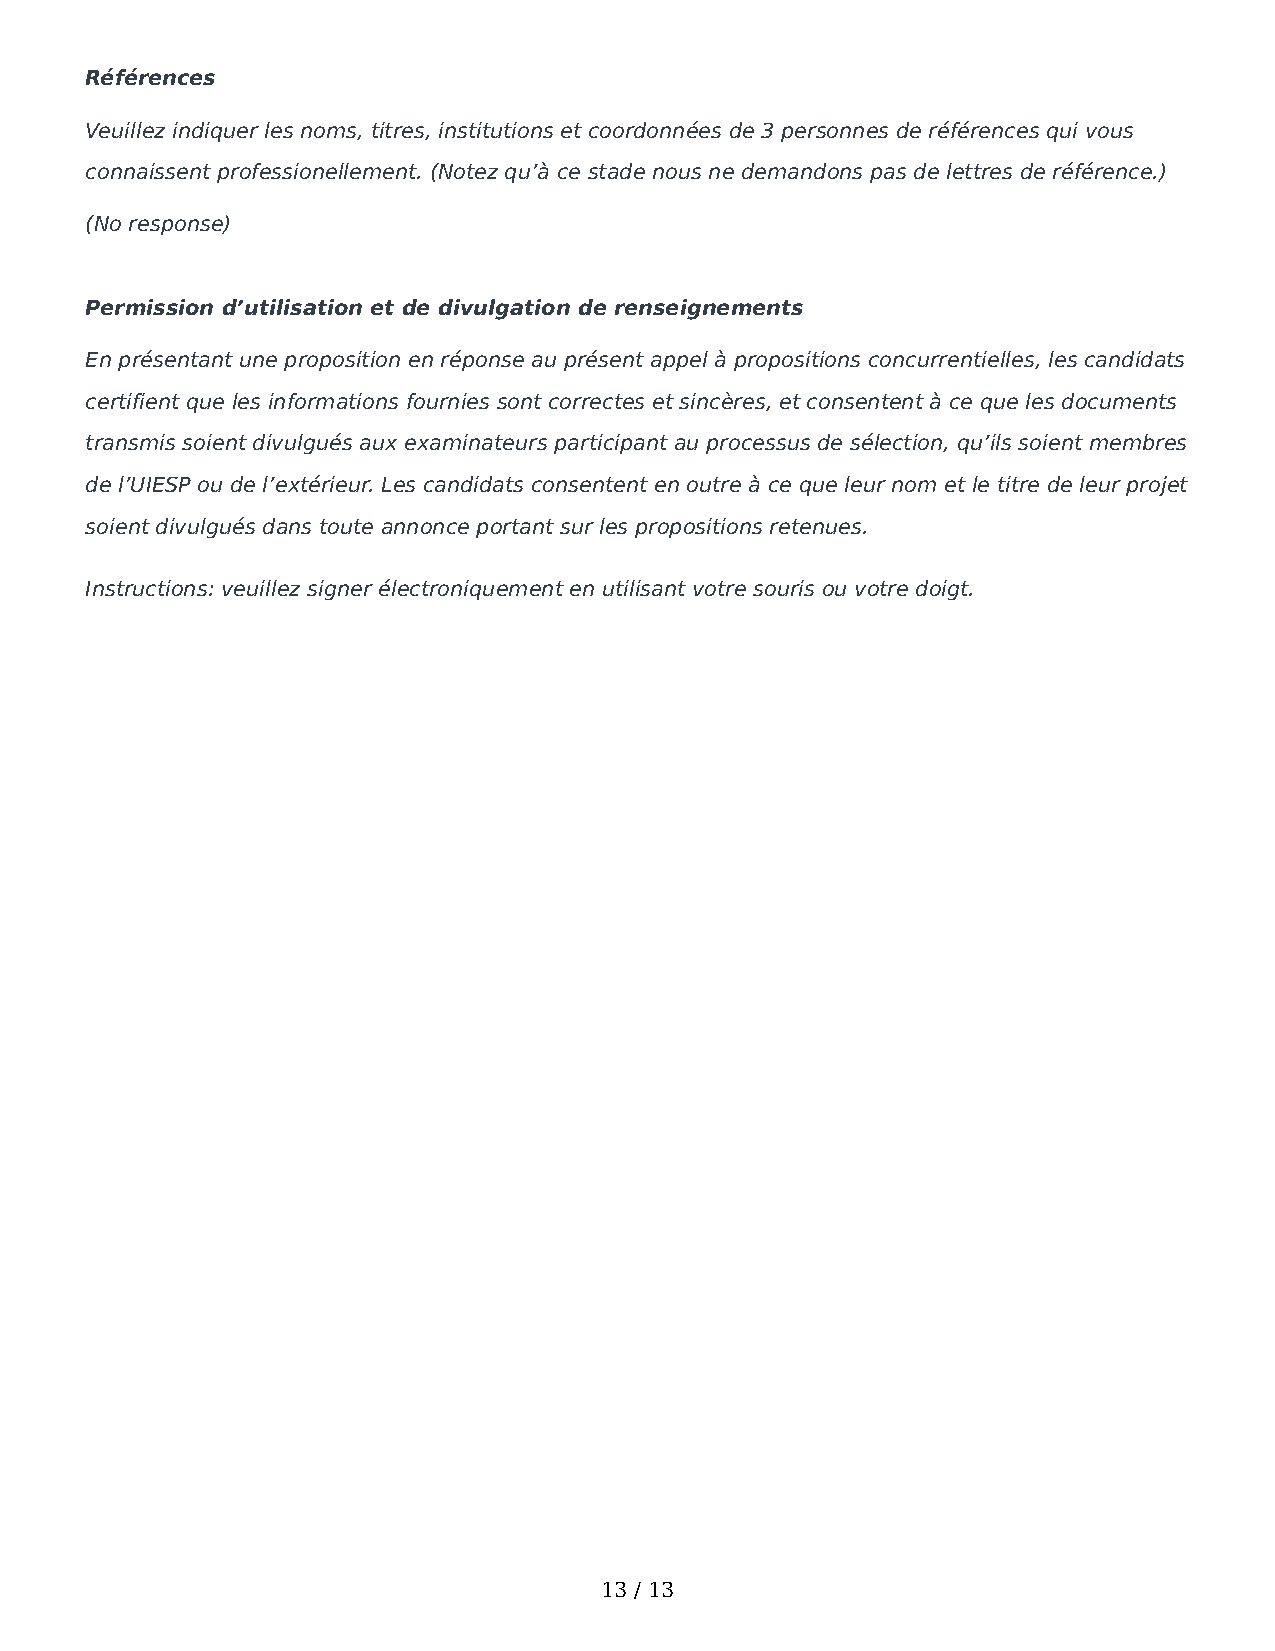
Références
 Veuillez indiquer les noms, titres, institutions et coordonnées de 3 personnes de références qui vous
 connaissent professionellement. (Notez qu’à ce stade nous ne demandons pas de lettres de référence.)
 (No response)
 Permission d’utilisation et de divulgation de renseignements
 En présentant une proposition en réponse au présent appel à propositions concurrentielles, les candidats
 certifient que les informations fournies sont correctes et sincères, et consentent à ce que les documents
 transmis soient divulgués aux examinateurs participant au processus de sélection, qu’ils soient membres
 de l’UIESP ou de l’extérieur. Les candidats consentent en outre à ce que leur nom et le titre de leur projet
 soient divulgués dans toute annonce portant sur les propositions retenues.
 Instructions: veuillez signer électroniquement en utilisant votre souris ou votre doigt.
 13 / 13